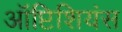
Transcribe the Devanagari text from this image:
ऑप्टिशियंस